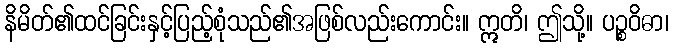
နိမိတ်၏ထင်ခြင်းနှင့်ပြည့်စုံသည်၏အဖြစ်လည်းကောင်း။ ဣတိ၊ ဤသို့။ ပဉ္စဝိဓာ၊